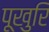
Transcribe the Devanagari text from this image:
पूखुरि